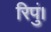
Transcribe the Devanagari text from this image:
रिपुं।